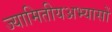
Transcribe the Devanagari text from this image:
ज्यामितीयअभ्यासों